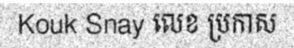
Kouk Snay លេខ ប្រកាស